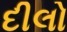
દીલો